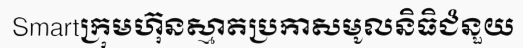
Smartក្រុមហ៊ុនស្មាតប្រកាសមូលនិធិជំនួយ